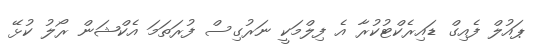
ޕައުލް ފެއިގް ޑައިރެކްޓުކުރާ އެ ފިލްމަކީ ނަރުގިސް ފުރަތަމަ އެކްޝަން ރޯލު ކުޅޭ